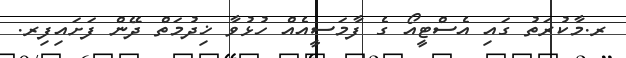
ރ.މާކުރަތު ގައި އެސްޓީއޯ ގެ ފާމަސީއެއް ހުޅުވާ ޚިދުމަތް ދޭން ފަށައިފިރ.